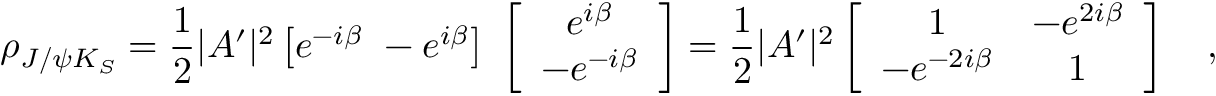
\rho _ { J / \psi K _ { S } } = \frac { 1 } { 2 } | A ^ { \prime } | ^ { 2 } \left[ e ^ { - i \beta } ~ - e ^ { i \beta } \right] ~ \left[ \begin{array} { c } { { e ^ { i \beta } } } \\ { { - e ^ { - i \beta } } } \end{array} \right] = \frac { 1 } { 2 } | A ^ { \prime } | ^ { 2 } \left[ \begin{array} { c c } { { 1 } } & { { - e ^ { 2 i \beta } } } \\ { { - e ^ { - 2 i \beta } } } & { { 1 } } \end{array} \right] ~ ~ ~ ,